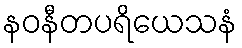
နဝနီတပရိယေသနံ